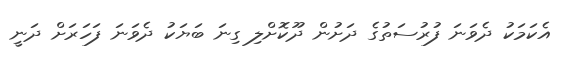
އެކަމަކު ދެވަނަ ފުރުސަތުގެ ދަށުން ދޫކޮށްލި ގިނަ ބަޔަކު ދެވަނަ ފަހަރަށް ދަނީ